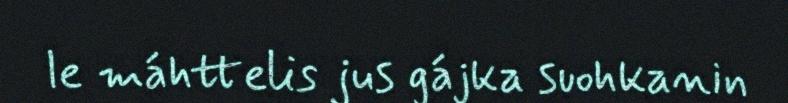
le máhttelis jus gájka suohkanin